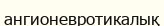
ангионевротикалық